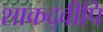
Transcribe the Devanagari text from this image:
शाकद्वीपि